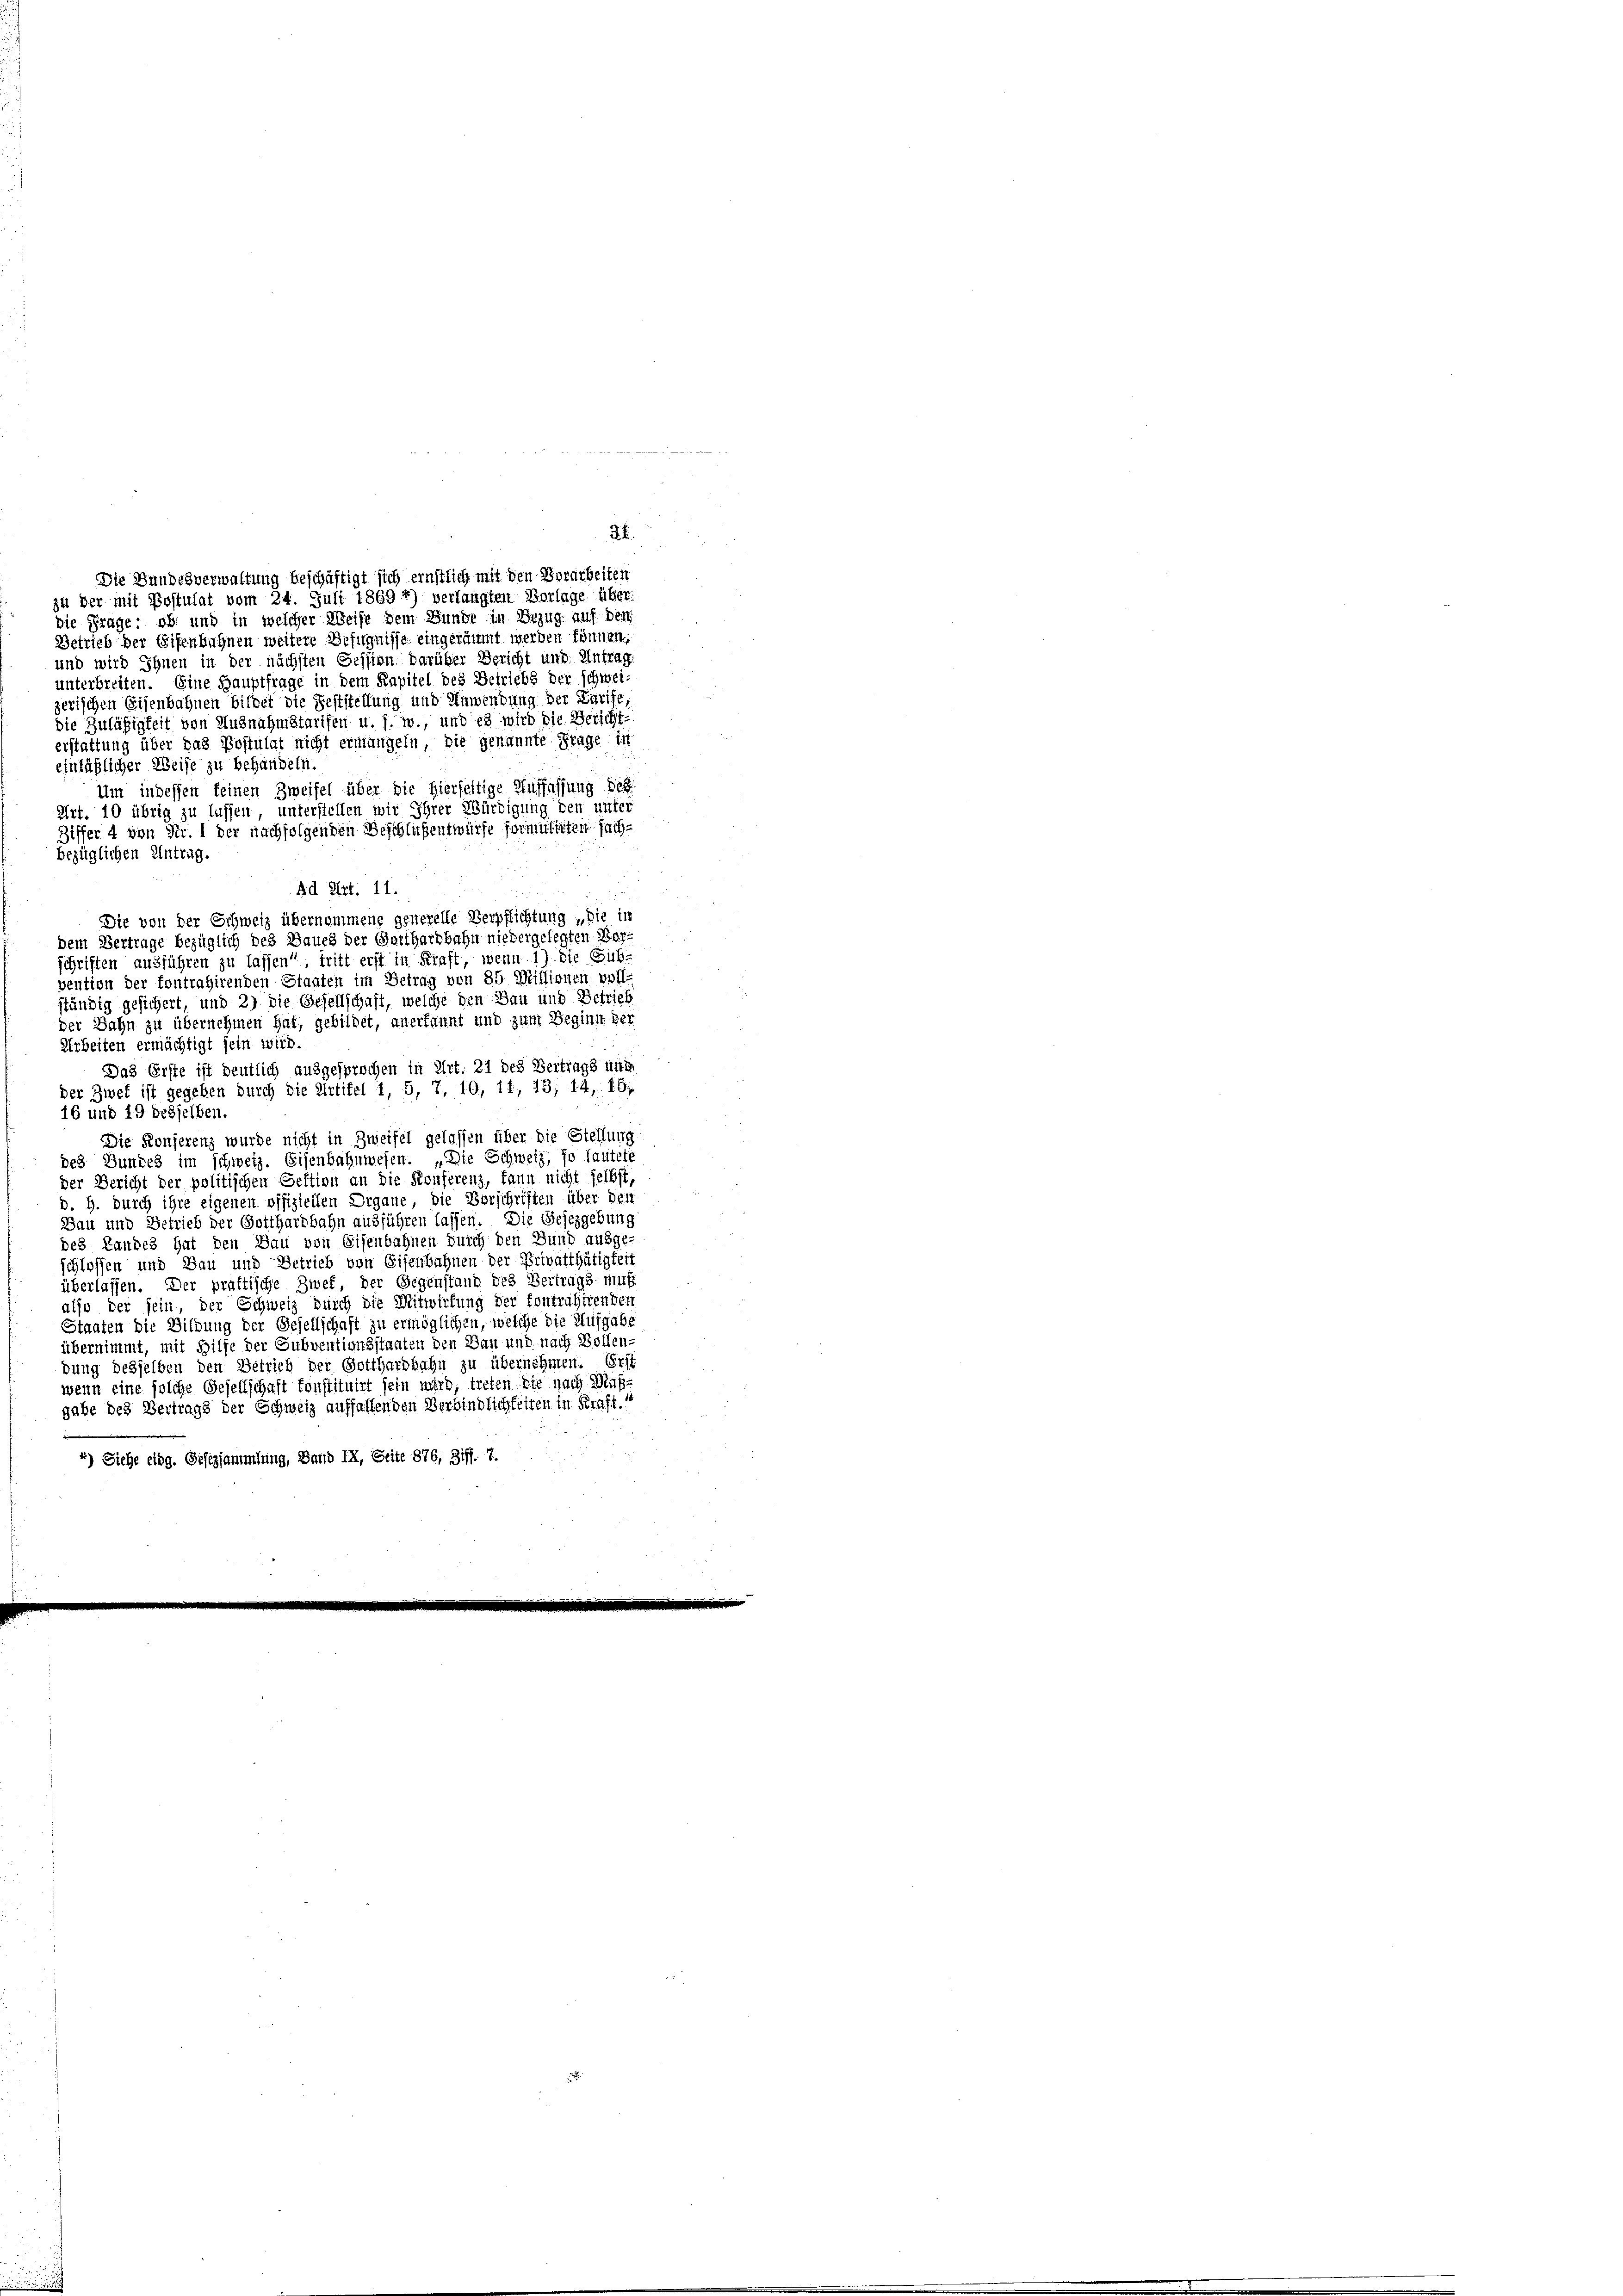
zu der mit Postulat vom 24. Juli 1869 *) verlangten Vorlage über
die Frage: ob und in welcher Weise dem Bunde in Bezug auf den
Getrieb der Eisenbahnen weitere Befugnisse eingeräumt werden können,
und wird Ihnen in der nächsten Gession darüber Bericht und Antrag.
unterbreiten. Eine Hauptfrage in dem Kapitel des Betriebs der schweizerischen Eisenbahnen bildet die Feststellung und Anwendung der Tarife
die Zuläßigkeit von Ausnahmetarifen u. s. w., und es wird die Bericht-
erstattung über das Postulat nicht ermangeln, die genannte Frage in
einläßlicher Weise zu behandeln.
Um indessen feinen Zweifel über die hierseitige Auffassung des
Art. 10 übrig zu lassen, unterstellen wir Ihrer Würdigung den unter
Ziffer 4 von Fr. 1 der nachfolgenden Beschlußentwürfe formulirten sachbezüglichen Antrag.
Ad Art. 11.
Die von der Schweiz übernommene generelle Verpflichtung „die in
dem Vertrage bezüglich des Bauch der Gotthardbahn niedergelegten Morschriften ausführen zu lassen“, tritt erst in Kraft, wenn 1) die Subvention der fontrahirenden Staaten im Betrag von 85 Millionen voll-
ständig gesichert, und 2) die Gesellschaft, welche den Bau und Betrieb
der Bahn zu übernehmen hat, gebildet, anerkannt und zum Beginie der
Arbeiten ermächtigt sein wird.
Das Erste ist deutlich ausgesprochen in Art. 21 des Vertrags unm
der Zwek ist gegeben durch die Artikel 1, 5, 7, 10, 11, 13, 14, 15,
16 und 19 besselben.
Die Konserenz wurde nicht in Zweifel gelassen über die Stellung
des Bundes im schweiz. Eisenbahnwesen. „Die Schweiz, so lautete
der Bericht der politischen Seftion an die Konferenz, kann nicht selbst,
d. H. durch ihre eigenen offiziellen Organe, die Vorschriften über den
Bau und Betrieb der Gotthardbahn ausführen lassen. Die Gesezgebung
des Landes hat den Bau von Eisenbahnen durch den Bund ausge-
schlossen und Bau und Betrieb von Eisenbahnen der Privatthätigkeit
überlassen. Der praktische Zwek, der Gegenstand des Vertrags ni
also der sein, der Schweiz durch die Mitwirkung der fontrahirenden
Staaten die Bildung der Gesellschaft zu ermöglichen, welche die Aufgabe
übernimmt, mit Hilfe der Subventionsstaaten den Bau und nach Vollen-
dung desselben den Betrieb der Gotthardbahn zu übernehmen. Erst
wenn eine solche Gesellschaft konstituirt sein wird, treten die nach Maßgabe des Vertrags der Schweiz auffallenden Verbindlichkeiten in Kraft.“
4) Siehe eidg. Gesezsammlung, Band IX, Seite 876, Ziff. 7.

24.
Die Bundesverwaltung beschäftigt sich ernstlich mit den Vorarbeiten